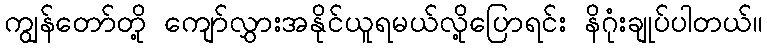
ကျွန်တော်တို့ ကျော်လွှားအနိုင်ယူရမယ်လို့ပြောရင်း နိဂုံးချုပ်ပါတယ်။